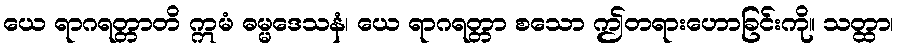
ယေ ရာဂရတ္တာတိ ဣမံ ဓမ္မဒေသနံ၊ ယေ ရာဂရတ္တာ စသော ဤတရားဟောခြင်းကို။ သတ္ထာ၊